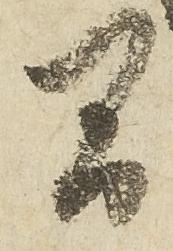
間